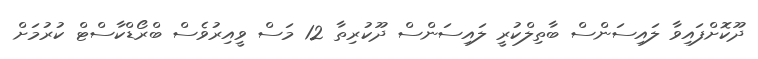
ދޫކޮށްފައިވާ ލައިސަންސް ބާތިލްކުރީ ލައިސަންސް ދޫކުރިތާ 12 މަސް ވީއިރުވެސް ބްރޯޑްކާސްޓް ކުރުމަށް